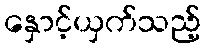
နှောင့်ယှက်သည့်